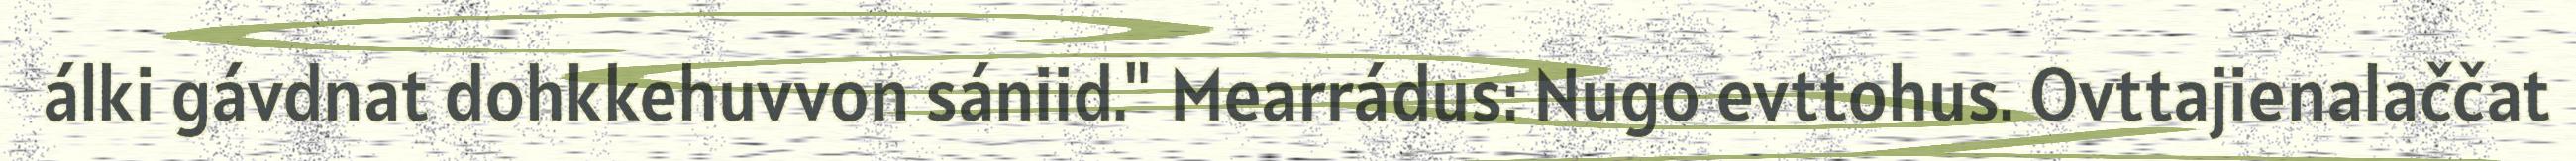
álki gávdnat dohkkehuvvon sániid." Mearrádus: Nugo evttohus. Ovttajienalaččat